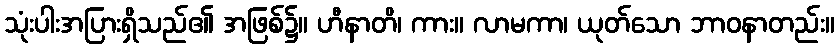
သုံးပါးအပြားရှိသည်၏ အဖြစ်၌။ ဟီနာတိ၊ ကား။ လာမကာ၊ ယုတ်သော ဘာဝနာတည်း။